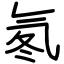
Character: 氡